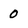
Character: 0